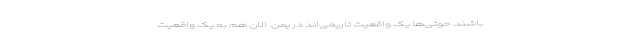
باشند. حوثی‌ها یک واقعیت تاریخی‌اند در یمن. الان هم به یک واقعیت